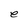
Character: e